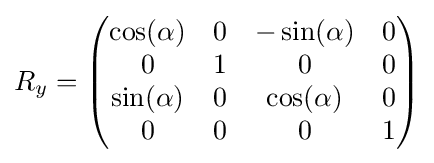
R_{y}={\begin{pmatrix}\cos(\alpha )&0&-\sin(\alpha )&0\\0&1&0&0\\\sin(\alpha )&0&\cos(\alpha )&0\\0&0&0&1\end{pmatrix}}